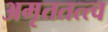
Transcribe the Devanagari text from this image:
अमृततत्त्व